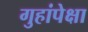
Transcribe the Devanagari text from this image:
गुहांपेक्षा